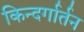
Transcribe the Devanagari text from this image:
किन्दर्गार्तन